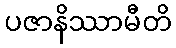
ပဇာနိဿာမီတိ